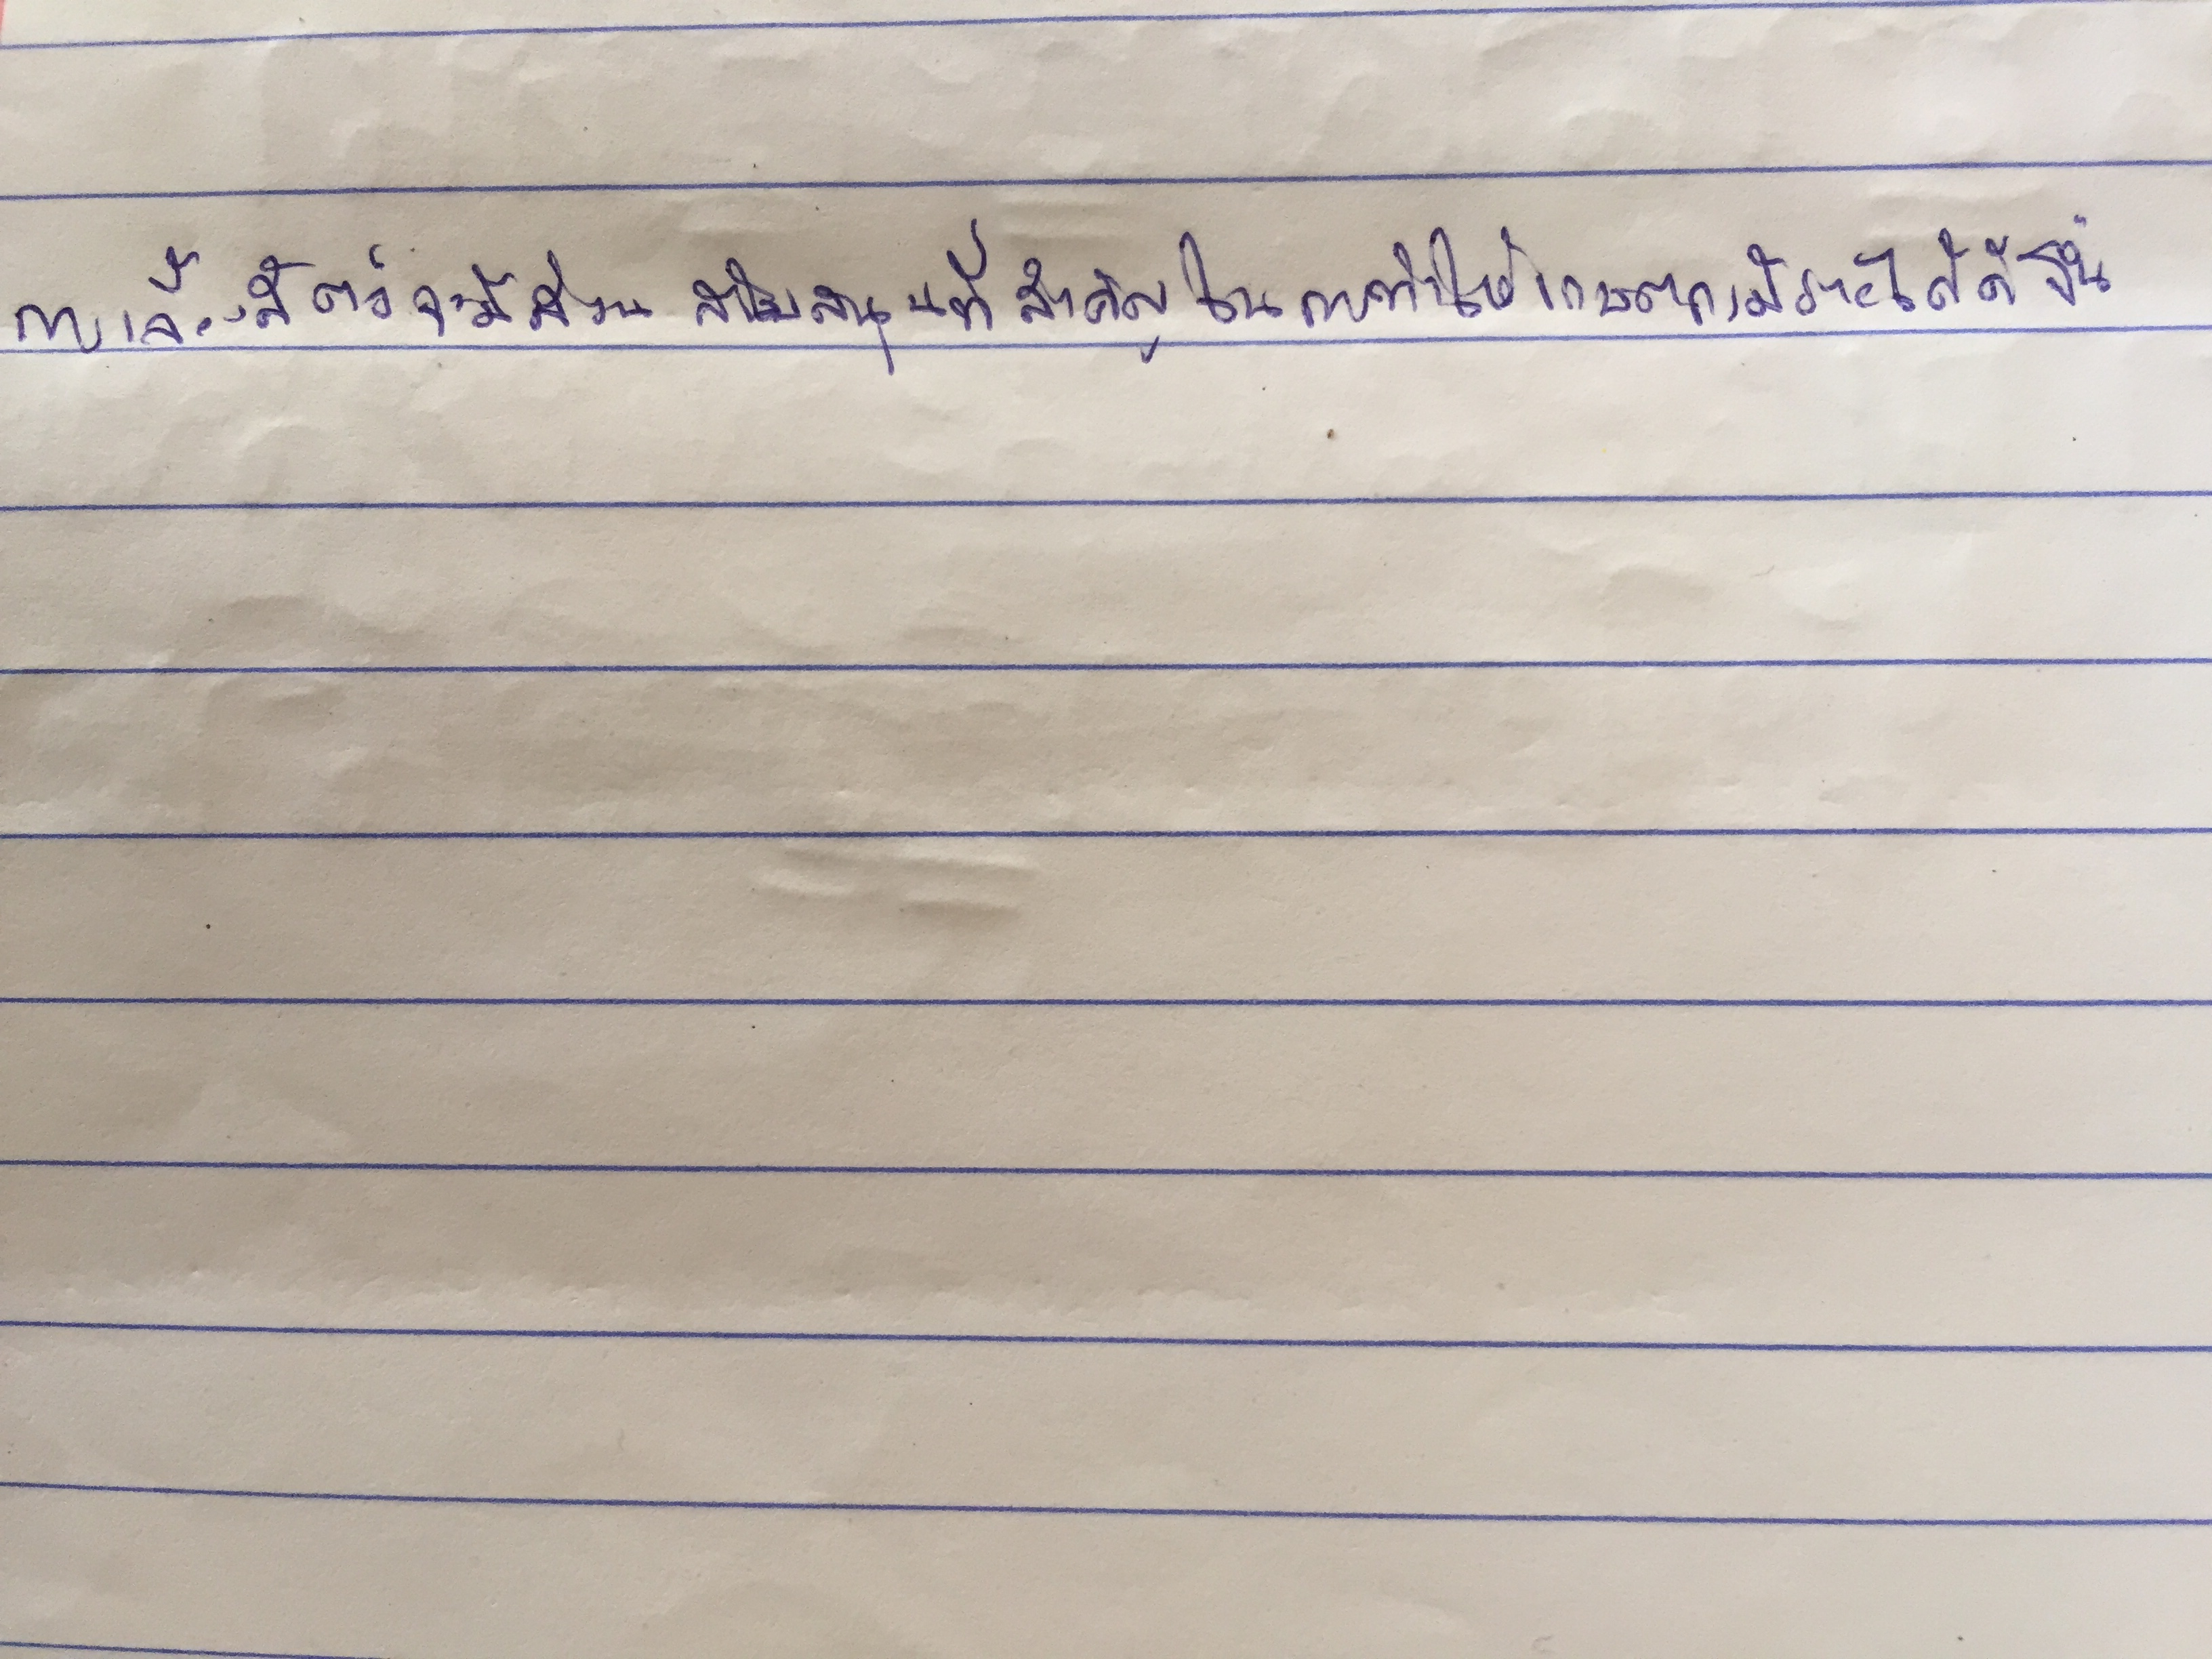
การเลี้ยงสัตว์จะมีส่วนสนับสนุนที่สำคัญในการทำให้เกษตรกรมีรายได้ดีขึ้น